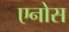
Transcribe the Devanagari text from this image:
एनोस